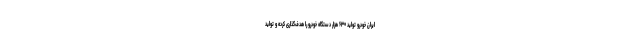
ایران خودرو تولید ۶۳۰ هزار دستگاه خودرو را هدف‌گذاری کرده و تولید